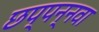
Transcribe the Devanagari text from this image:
छप्पन्नवा